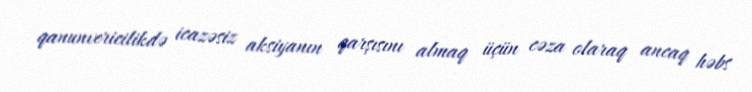
qanunvericilikdə icazəsiz aksiyanın qarşısını almaq üçün cəza olaraq ancaq həbs